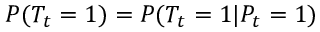
P ( T _ { t } = 1 ) = P ( T _ { t } = 1 | P _ { t } = 1 )